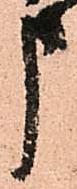
申